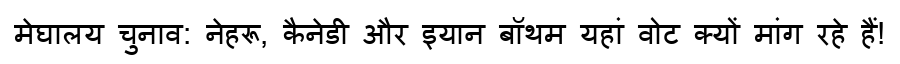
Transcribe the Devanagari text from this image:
मेघालय चुनाव: नेहरू, कैनेडी और इयान बॉथम यहां वोट क्यों मांग रहे हैं!